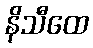
နိသီထေ